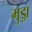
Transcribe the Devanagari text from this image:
मुड़ा़